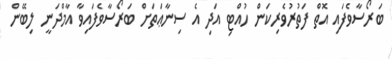
ބަރޯސާވެފައި އޮތް ފަތުރުވެރިކަން ހުއްޓި އަދި އެ ސިނާޢަތަށް ބަރޯސާވެފައިވާ އާމްދަނީ ލިބޭން